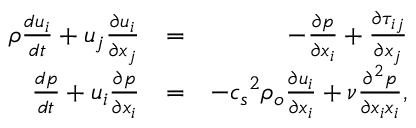
\begin{array} { r l r } { \rho \frac { d u _ { i } } { d t } + u _ { j } \frac { \partial u _ { i } } { \partial x _ { j } } } & { = } & { - \frac { \partial p } { \partial x _ { i } } + \frac { \partial \tau _ { i j } } { \partial x _ { j } } } \\ { \frac { d p } { d t } + u _ { i } \frac { \partial p } { \partial x _ { i } } } & { = } & { - { c _ { s } } ^ { 2 } \rho _ { o } \frac { \partial u _ { i } } { \partial x _ { i } } + \nu \frac { \partial ^ { 2 } p } { \partial x _ { i } x _ { i } } , } \end{array}